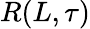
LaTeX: R(L,\tau)